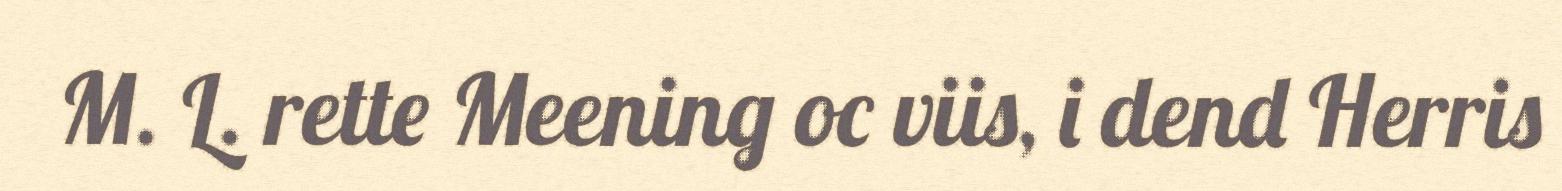
M. L. rette Meening oc viis, i dend Herris